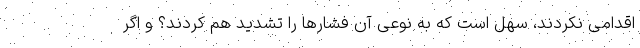
اقدامی نکردند، سهل است که به نوعی آن فشارها را تشدید هم کردند؟ و اگر